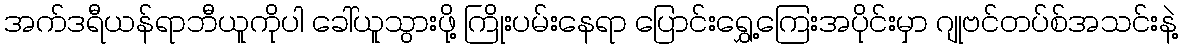
အက်ဒရီယန်ရာဘီယူကိုပါ ခေါ်ယူသွားဖို့ ကြိုးပမ်းနေရာ ပြောင်းရွှေ့ကြေးအပိုင်းမှာ ဂျုဗင်တပ်စ်အသင်းနဲ့